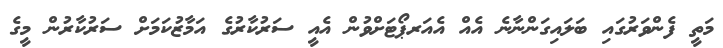
މަތީ ފެންވަރުގައި ބަލައިގަންނާނެ އެއް އެއަރޕޯޓަށްވުން އެއީ ސަރުކާރުގެ އަމާޒުކަމަށް ސަރުކާރުން މީގެ